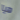
هيا